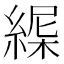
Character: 𦂋